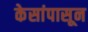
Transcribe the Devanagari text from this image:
केसांपासून